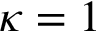
\kappa = 1